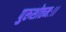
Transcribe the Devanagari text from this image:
पुरुशोत्तमः।।